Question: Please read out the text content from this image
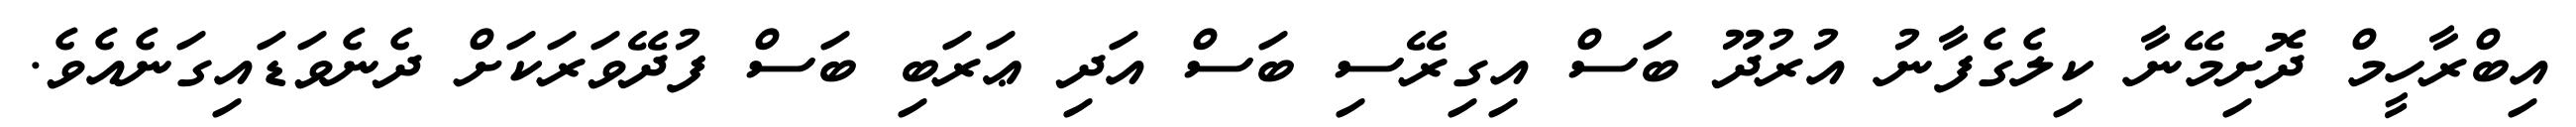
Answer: އިބްރާހީމް ދޮށިމޭނާ ކިލެގެފާނު އުރުދޫ ބަސް އިގިރޭސި ބަސް އަދި ޢަރަބި ބަސް ފުދޭވަރަކަށް ދެނެވަޑައިގަނެއެވެ.